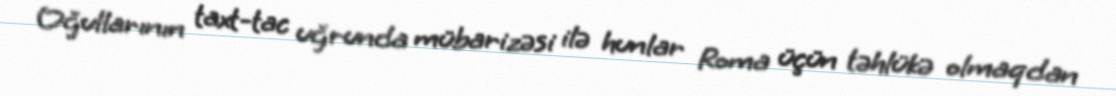
Oğullarının taxt-tac uğrunda mübarizəsi ilə hunlar Roma üçün təhlükə olmaqdan